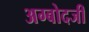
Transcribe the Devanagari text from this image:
अग्बोदजी